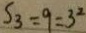
S _ { 3 } = 9 = 3 ^ { 2 }